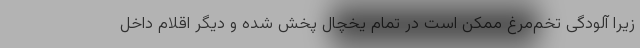
زیرا آلودگی تخم‌مرغ ممکن است در تمام یخچال پخش شده و دیگر اقلام داخل